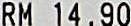
RM 14.90